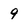
Character: 9